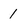
Character: 1